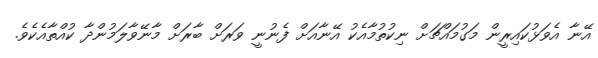
އޭނާ އެވަޅުކައިރީން މަގުމައްޗަށް ނިކުތުމާއެކު އޭނާއަށް ފެނުނީ ވަރަށް ބާރަށް މާނޭވާލަމުންދާ ކުއްތާއެކެވެ.